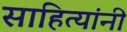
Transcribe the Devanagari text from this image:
साहित्यांनी